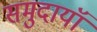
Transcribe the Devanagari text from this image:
समुदायॉ